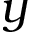
y